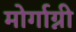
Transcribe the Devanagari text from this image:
मोर्गाग्नी